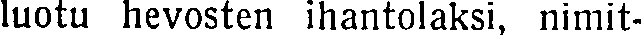
luotu hevosten ihantolaksi, nimit-